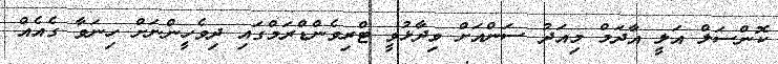
ކޮންސަލް އަލީ އާދަމް މިއަދު ސަންއަށް ވިދާޅުވީ ޓްރިވެންޑްރަމްގައި ދިވެހީންނަށް ހިނަވާ ގެއެއް